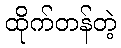
ထိုက်တန်တဲ့